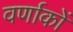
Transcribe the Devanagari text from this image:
वर्णाकों